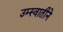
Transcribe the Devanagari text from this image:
उम्स्वातीने